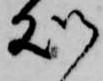
処